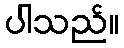
ပါသည်။